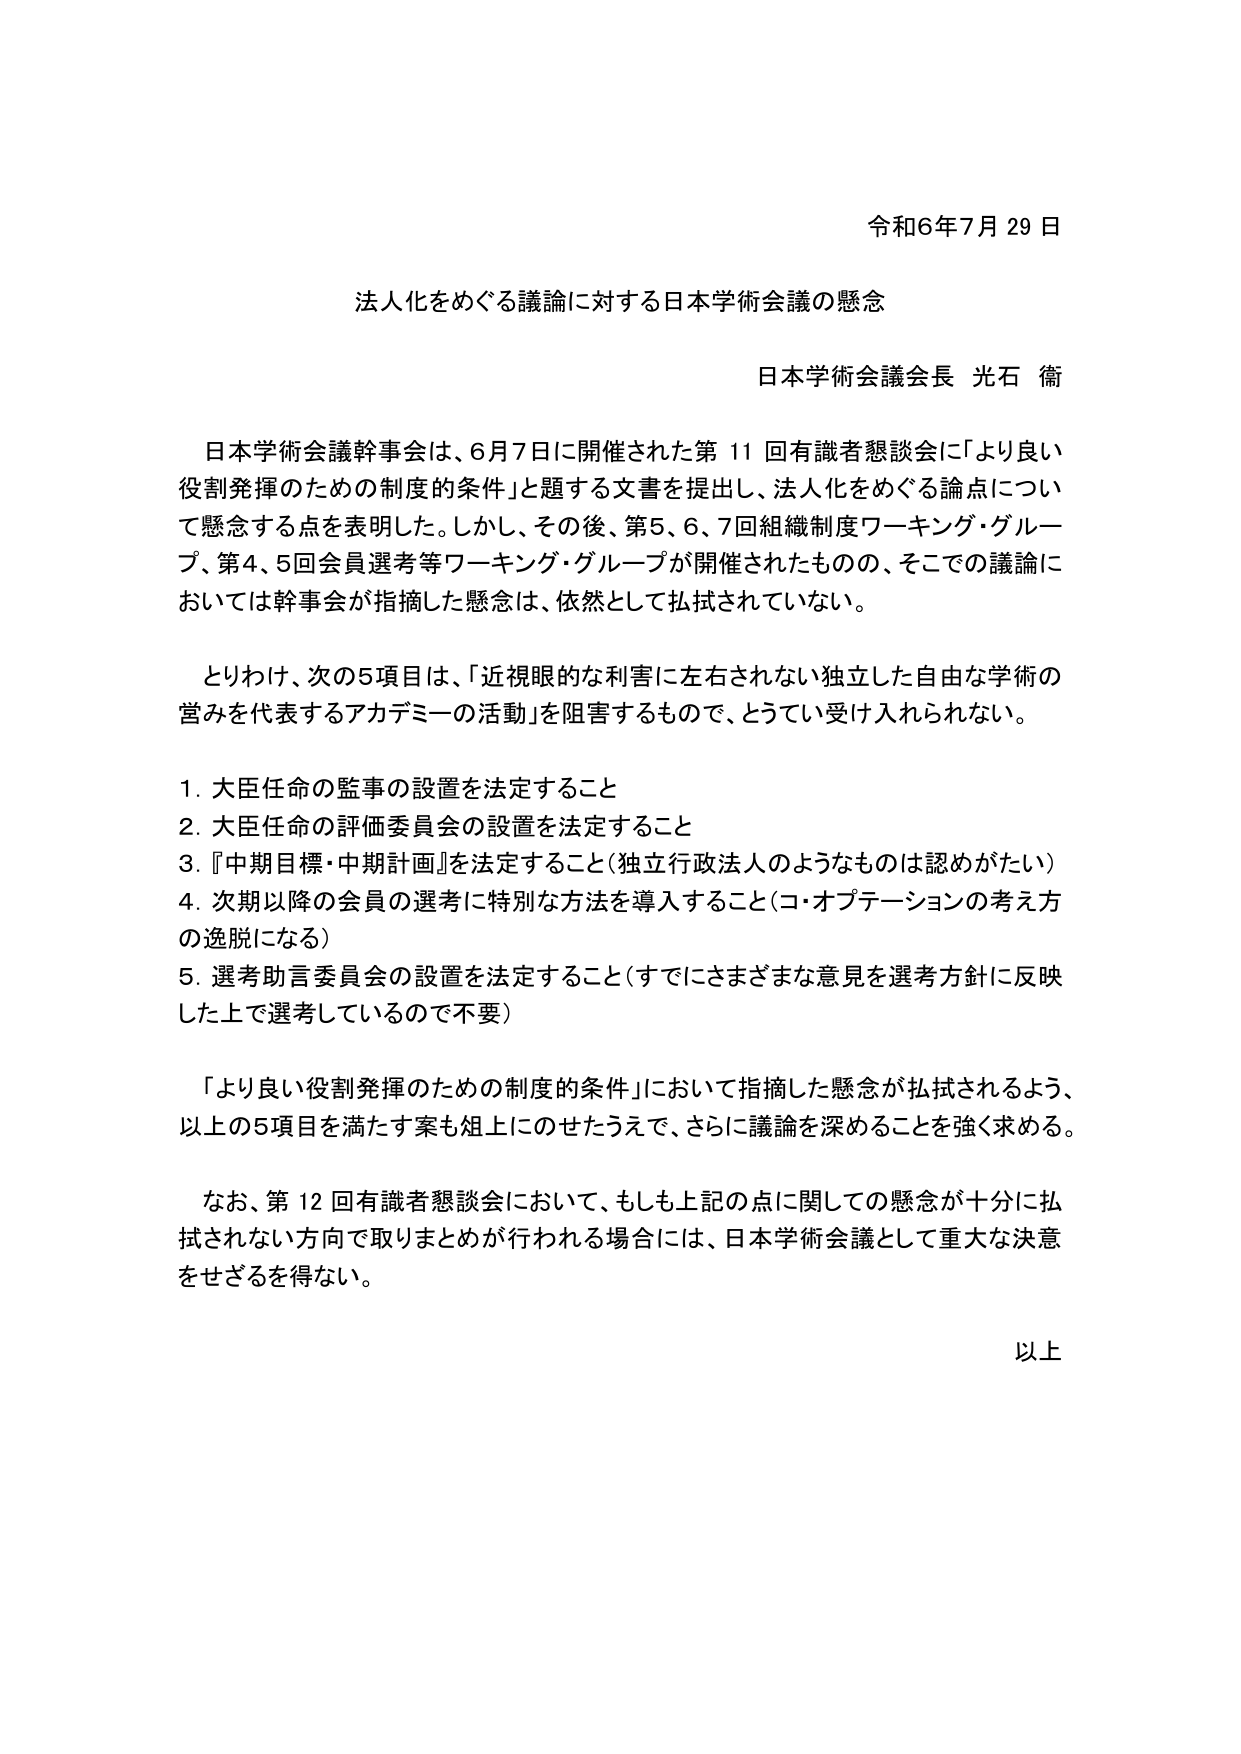
令和6年7月29日

法人化をめぐる議論に対する日本学術会議の懸念

日本学術会議会長 光石 衛

日本学術会議幹事会は、6月7日に開催された第11回有識者懇談会に「より良い役割発揮のための制度的条件」と題する文書を提出し、法人化をめぐる論点について懸念する点を表明した。しかし、その後、第5、6、7回組織制度ワーキング・グループ、第4、5回会員選考等ワーキング・グループが開催されたものの、そこでの議論においては幹事会が指摘した懸念は、依然として払拭されていない。

とりわけ、次の5項目は、「近視眼的な利害に左右されない独立した自由な学術の営みを代表するアカデミーの活動」を阻害するもので、とうてい受け入れられない。

1. 大臣任命の監事の設置を法定すること
2. 大臣任命の評価委員会の設置を法定すること
3. 『中期目標・中期計画』を法定すること（独立行政法人のようなものは認めがたい）
4. 次期以降の会員の選考に特別な方法を導入すること（コ・オプテーションの考え方の逸脱になる）
5. 選考助言委員会の設置を法定すること（すでにさまざまな意見を選考方針に反映した上で選考しているので不要）

「より良い役割発揮のための制度的条件」において指摘した懸念が払拭されるよう、以上の5項目を満たす案も俎上にのせたうえで、さらに議論を深めることを強く求める。

なお、第12回有識者懇談会において、もしも上記の点に関しての懸念が十分に払拭されない方向で取りまとめが行われる場合には、日本学術会議として重大な決意をせざるを得ない。

以上